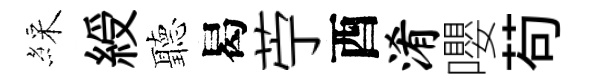
綵綬聽曷苧酉淆嚶苟